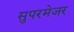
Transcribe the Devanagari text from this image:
सुपरमेजर